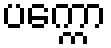
ပက္ကော